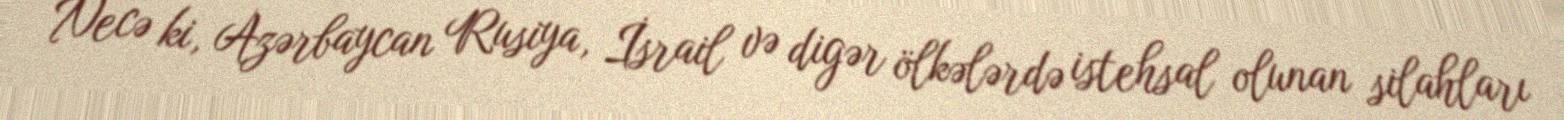
Necə ki, Azərbaycan Rusiya, İsrail və digər ölkələrdə istehsal olunan silahları